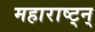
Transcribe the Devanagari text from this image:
महाराष्ट्न्